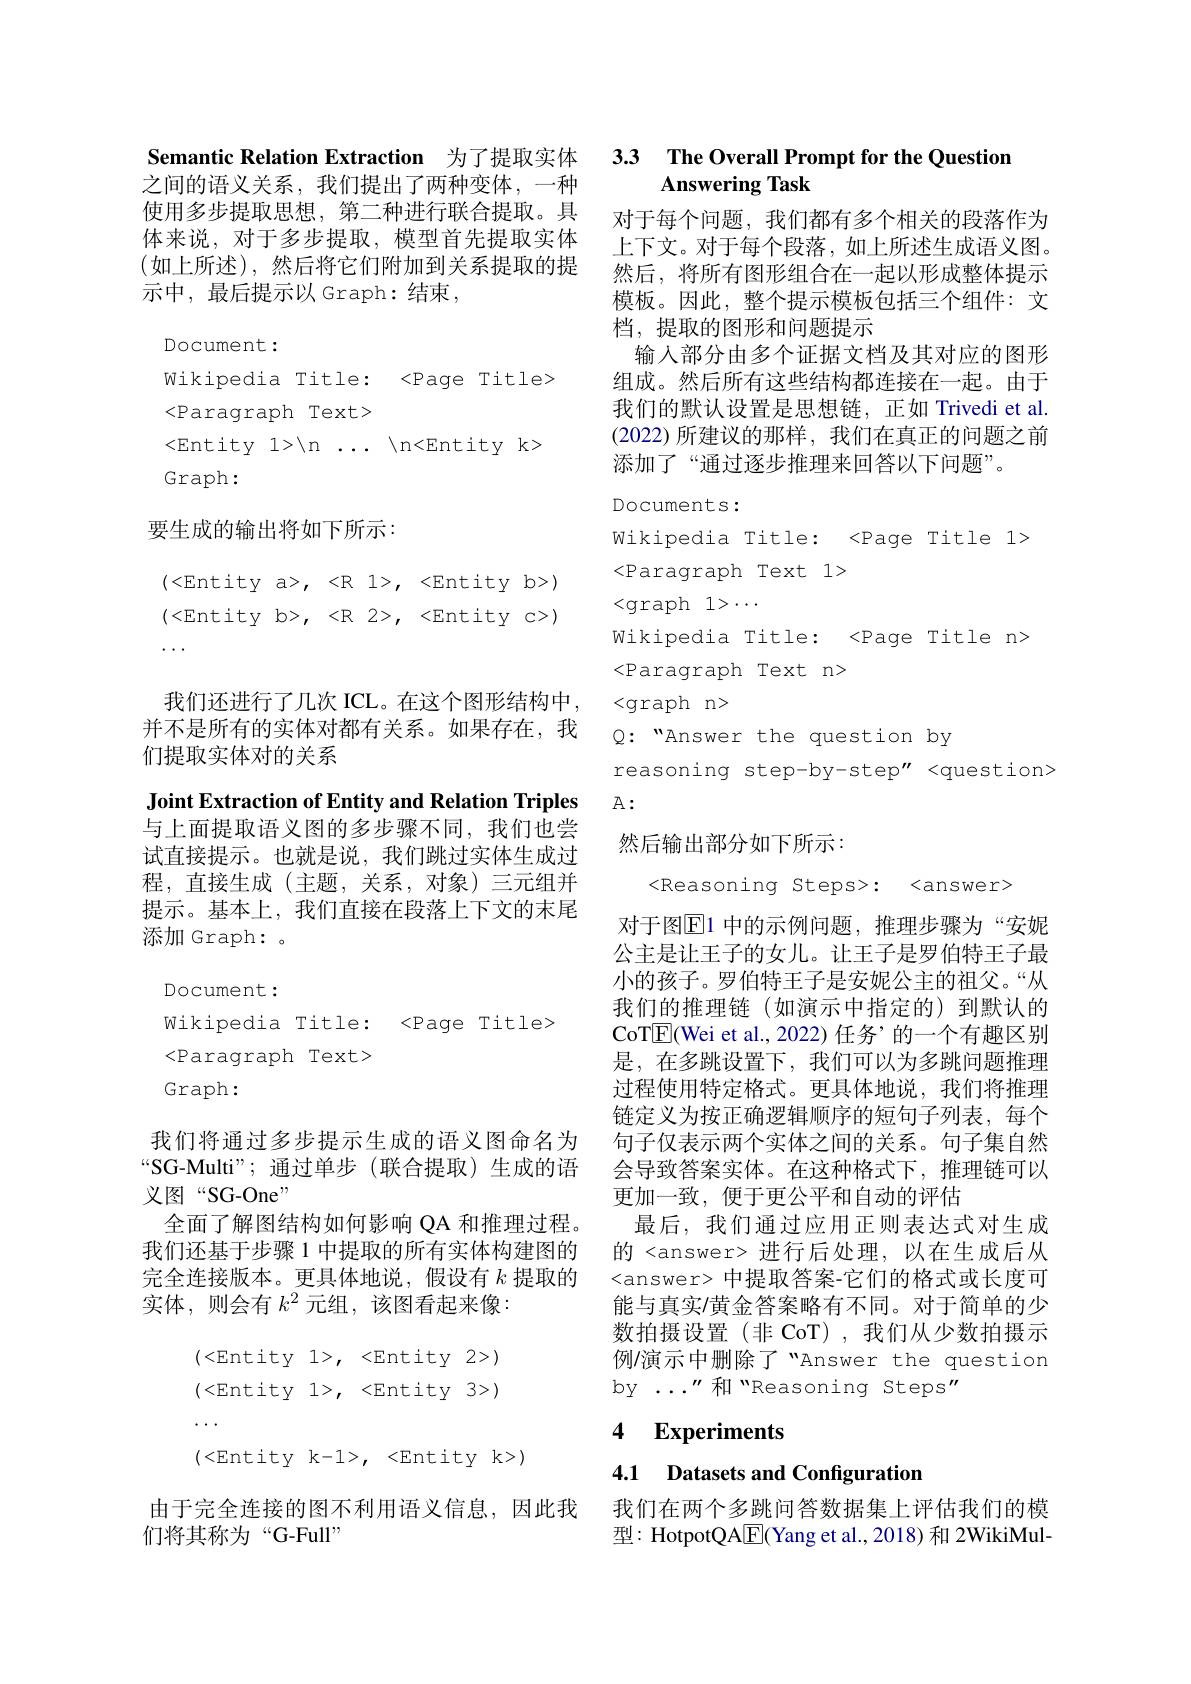
Semantic Relation Extraction 为了提取实体 3.3 The Overall Prompt for the Question

之间的语义关系，我们提出了两种变体，一种使用多步提取思想，第二种进行联合提取。具体来说，对于多步提取，模型首先提取实体$$($如上所述),然后将它们附加到关系提取的提$ 示中，最后提示以 Graph:结束，

Document:
Wikipedia Title: <Page Title>
<Paragraph Text>
<Entity $1> \setminus$n $\ldots$ $\setminus$n<Entity k>
Graph:

## 要生成的输出将如下所示：

(< Entity a> , < R 1> , < Entity b> )

(< Entity b> , < R 2> , < Entity c> )

$\cdots.$

我们还进行了几次 ICL。在这个图形结构中， 并不是所有的实体对都有关系。如果存在，我们提取实体对的关系

Joint Extraction of Entity and Relation Triples 与上面提取语义图的多步骤不同，我们也尝试直接提示。也就是说，我们跳过实体生成过程，直接生成(主题，关系，对象)三元组并提示。基本上，我们直接在段落上下文的末尾添加 Graph: 。

Document:

Wikipedia Title: <Page Title>

<Paragraph Text>

Graph:

我们将通过多步提示生成的语义图命名为“SG-Multi”; 通过单步(联合提取)生成的语义图“SG-One”
全面了解图结构如何影响 QA 和推理过程。我们还基于步骤 1 中提取的所有实体构建图的完全连接版本。更具体地说，假设有$k$提取的实体，则会有$k^2$元组，该图看起来像：
$$\begin{aligned}&(<\mathrm{Entity}\quad1>,\quad<\mathrm{Entity}\quad2>)\\&(<\mathrm{Entity}\quad1>,\quad<\mathrm{Entity}\quad3>)\\&\cdots\\&(<\mathrm{Entity}\quad\mathrm{k-1>},\quad<\mathrm{Entity}\quad\mathrm{k>}\end{aligned}$$
由于完全连接的图不利用语义信息，因此我
们将其称为“G-Full”

## Answering Task

对于每个问题，我们都有多个相关的段落作为上下文。对于每个段落，如上所述生成语义图。然后，将所有图形组合在一起以形成整体提示模板。因此，整个提示模板包括三个组件：文档，提取的图形和问题提示
输入部分由多个证据文档及其对应的图形组成。然后所有这些结构都连接在一起。由于我们的默认设置是思想链，正如 Trivedi et al. (2022)所建议的那样，我们在真正的问题之前添加了“通过逐步推理来回答以下问题”。

DOCuments:
Wikipedia Title: <Page Title 1>
<Paragraph Text1>
<graph$1>\cdots$
Wikipedia Title: <Page Title n>
<Paragraph Text n>
$< graph$ $n>$
$Q:$“Answer the question by
reasoning step-by-step" <question>

$A:$

## 然后输出部分如下所示：

<Reasoning Steps>: <answer>

对于图$\boxed{\mathrm{E}}1$ 中的示例问题，推理步骤为“安妮公主是让王子的女儿。让王子是罗伯特王子最小的孩子。罗伯特王子是安妮公主的祖父。“从我们的推理链(如演示中指定的)到默认的CoTE(Wei et al., 2022) 任务’的一个有趣区别是，在多跳设置下，我们可以为多跳问题推理过程使用特定格式。更具体地说，我们将推理链定义为按正确逻辑顺序的短句子列表，每个句子仅表示两个实体之间的关系。句子集自然会导致答案实体。在这种格式下，推理链可以更加一致，便于更公平和自动的评估
最后，我们通过应用正则表达式对生成的 <answer> 进行后处理，以在生成后从<answer> 中提取答案-它们的格式或长度可能与真实/黄金答案略有不同。对于简单的少数拍摄设置(非 CoT),我们从少数拍摄示例/演示中删除了“Answer the question by ..."和“Reasoning Steps"

## 4 Experiments

4.1 Datasets and Configuration

我们在两个多跳问答数据集上评估我们的模$型 :$HotpotQAE(Yang et al.,2018) 和 2WikiMul-